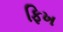
ફિખ